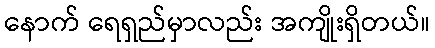
နောက် ရေရှည်မှာလည်း အကျိုးရှိတယ်။